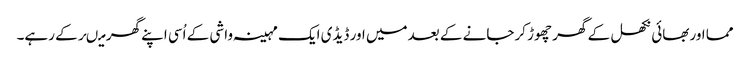
مما اوربھائی نکھل کے گھر چھوڑ کرجانے کے بعدمیں اور ڈیڈی ایک مہینہ واشی کے اُسی اپنے گھر میںرکے رہے۔